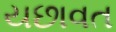
યછાવત